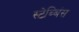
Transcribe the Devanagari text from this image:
स्टेब्बिंस